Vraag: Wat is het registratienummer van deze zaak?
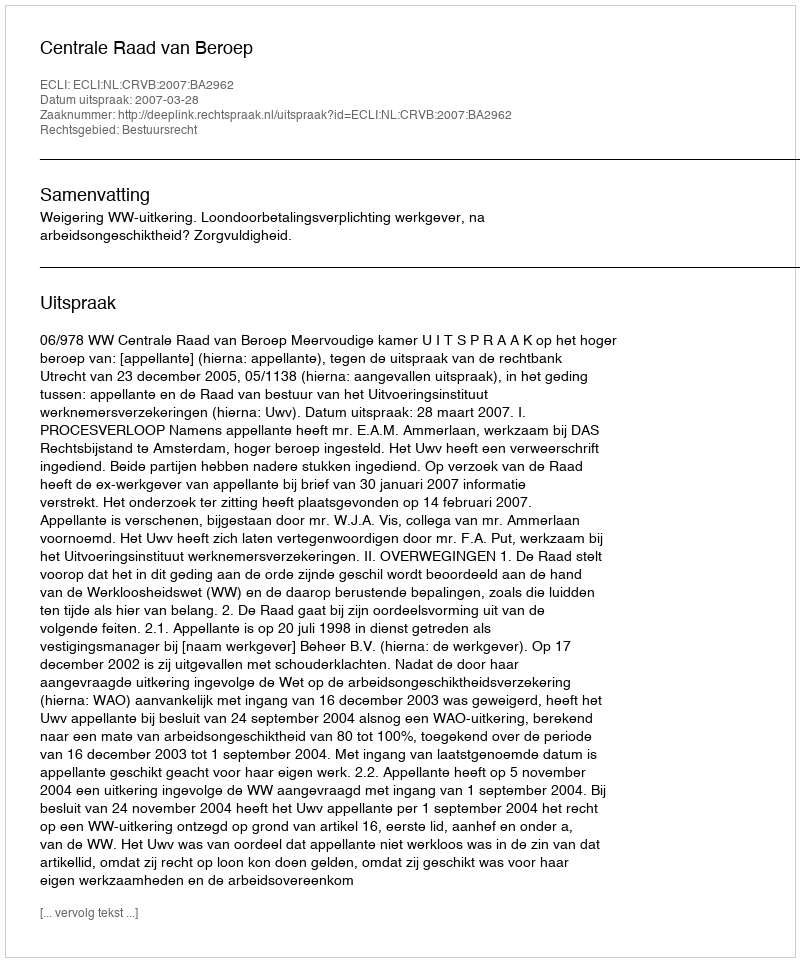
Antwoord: http://deeplink.rechtspraak.nl/uitspraak?id=ECLI:NL:CRVB:2007:BA2962